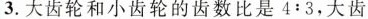
3.大齿轮和小齿轮的齿数比是4:3，大齿